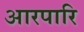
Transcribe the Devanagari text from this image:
आरपारि